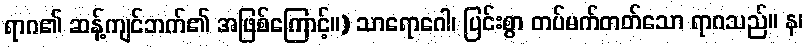
ရာဂ၏ ဆန့်ကျင်ဘက်၏ အဖြစ်ကြောင့်။) သာရောဂေါ၊ ပြင်းစွာ တပ်မက်တတ်သော ရာဂသည်။ န၊